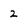
Character: 2